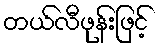
တယ်လီဖုန်းဖြင့်